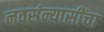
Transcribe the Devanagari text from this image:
नवसंन्यासींचा